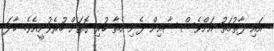
އައި ފާތުމަތު އަށްވެސް ޝާއިން ފެނި އެތާ ހުރި ގޮތަށް ހުރެވުނީއެވެ. ހާދަ